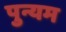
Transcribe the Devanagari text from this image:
पुन्यम